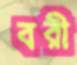
বরী